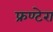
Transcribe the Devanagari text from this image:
फ्रण्टेरा